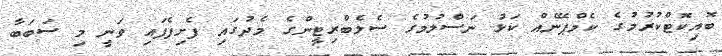
ބޮއިކޮޓްކުރުމުގެ ކެމްޕޭނެއް ކަޅު ނަސްލުމުގެ ސެލެބްރިޓީންގެ މެދުގައި ފެށިފެފައި ވަނީ މި ސަބަބާ